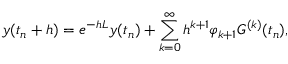
y ( t _ { n } + h ) = e ^ { - h L } y ( t _ { n } ) + \sum _ { k = 0 } ^ { \infty } h ^ { k + 1 } \varphi _ { k + 1 } G ^ { ( k ) } ( t _ { n } ) ,